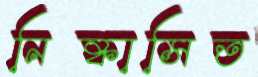
নিষ্কাসিত